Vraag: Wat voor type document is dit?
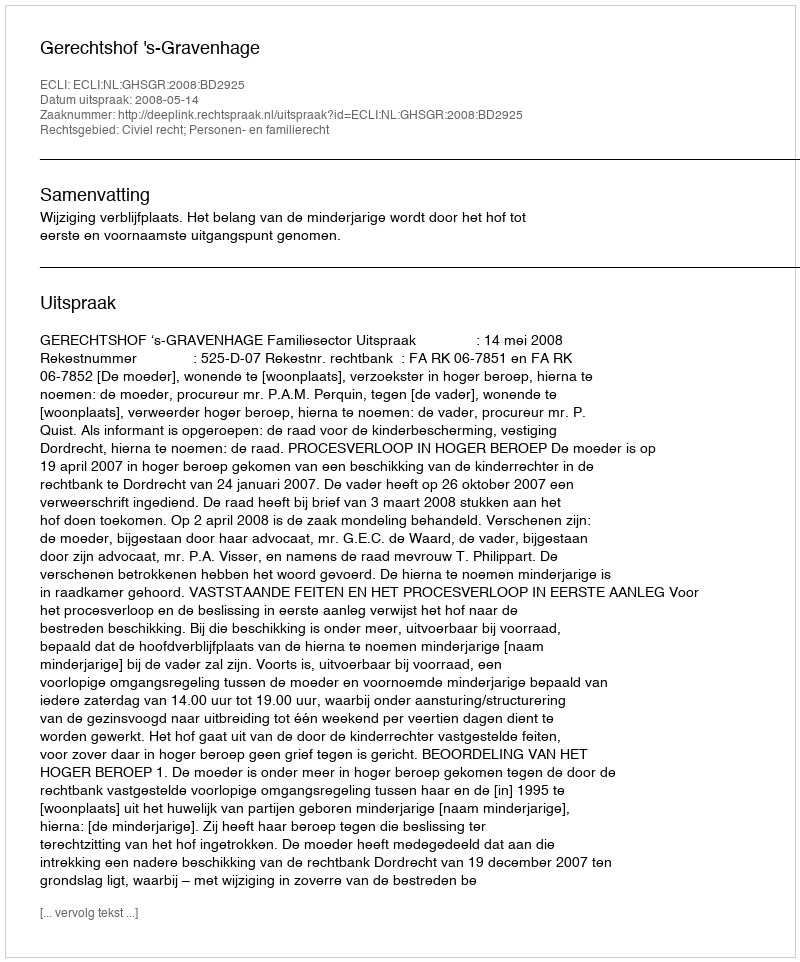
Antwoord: Uitspraak